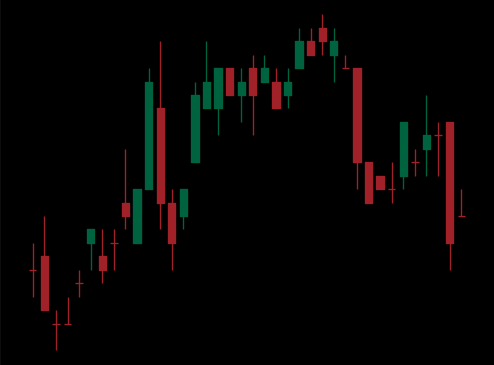
Pattern: bear_flag